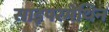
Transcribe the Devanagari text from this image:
साइपरमेथिन